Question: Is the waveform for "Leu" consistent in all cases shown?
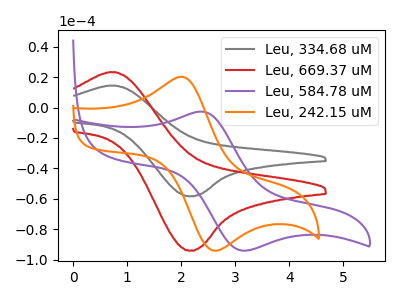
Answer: <think>The gray curve "Leu, 334.68 uM" has an anodic peak at (0.80V, 14.35uA) and a cathodic peak at (2.20V, -58.25uA). The red curve "Leu, 669.37 uM" has an anodic peak at (0.80V, 23.15uA) and a cathodic peak at (2.20V, -93.95uA). The purple curve "Leu, 584.78 uM" has an anodic peak at (2.40V, -2.70uA) and a cathodic peak at (3.15V, -94.00uA). The orange curve "Leu, 242.15 uM" has an anodic peak at (2.05V, 20.10uA) and a cathodic peak at (2.65V, -94.10uA).
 All the peaks in "Leu, 334.68 uM" have a peak in "Leu, 669.37 uM" at the same potential. Every peak in "Leu, 334.68 uM" is lower than every peak in "Leu, 669.37 uM". "Leu, 334.68 uM" and "Leu, 584.78 uM" have at least one peak that do not match. "Leu, 334.68 uM" and "Leu, 242.15 uM" have at least one peak that do not match. "Leu, 669.37 uM" and "Leu, 584.78 uM" have at least one peak that do not match. "Leu, 669.37 uM" and "Leu, 242.15 uM" have at least one peak that do not match. "Leu, 584.78 uM" and "Leu, 242.15 uM" have at least one peak that do not match.</think>
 <answer>All the CV's of "Leu" have similar shape.</answer>
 <eval>follow_rule</eval>